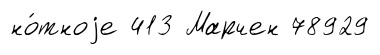
но́тноjе 413 Марчен 78929